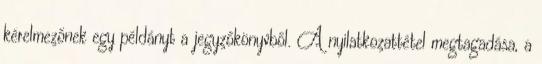
kérelmezőnek egy példányt a jegyzőkönyvből. A nyilatkozattétel megtagadása, a